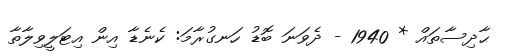
ޙާދިސާތައް * 1940 - ދެވަނަ ބޮޑު ހަނގުރާމަ: ކެނެޑާ އިން އިޓަލީވިލާތާ